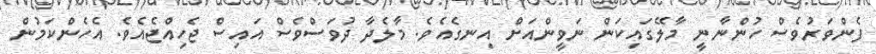
ފެންވަރުވެސް ހުންނާނީ މާލޭގައިކަން ނަވީންއަށް އިނގެއެވެ. މާލެދާ ދުވަސްވެސް އައިސް ޖެހިއްޖެއެވެ. އެހެންކަމުން